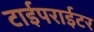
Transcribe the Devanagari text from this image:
टाईपराईटर